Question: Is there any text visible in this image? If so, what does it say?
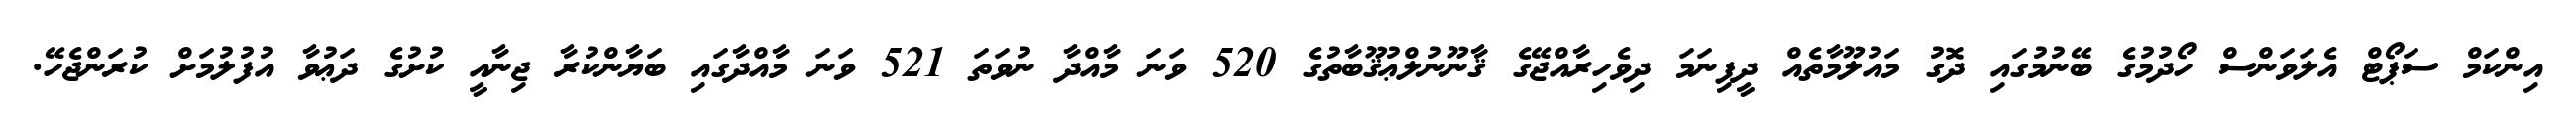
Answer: އިންކަމް ސަޕޯޓް އެލަވަންސް ހޯދުމުގެ ބޭނުމުގައި ދޮގު މައުލޫމާތެއް ދީފިނަމަ ދިވެހިރާއްޖޭގެ ޤާނޫނުލްޢުޤޫބާތުގެ 520 ވަނަ މާއްދާ ނުވަތަ 521 ވަނަ މާއްދާގައި ބަޔާންކުރާ ޖިނާއީ ކުށުގެ ދަޢުވާ އުފުލުމަށް ކުރަންޖެހޭ.